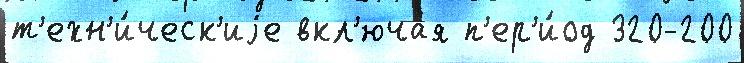
т'ехн'и́ческ'иjе вкл'юча́я п'ер'и́од 320-200